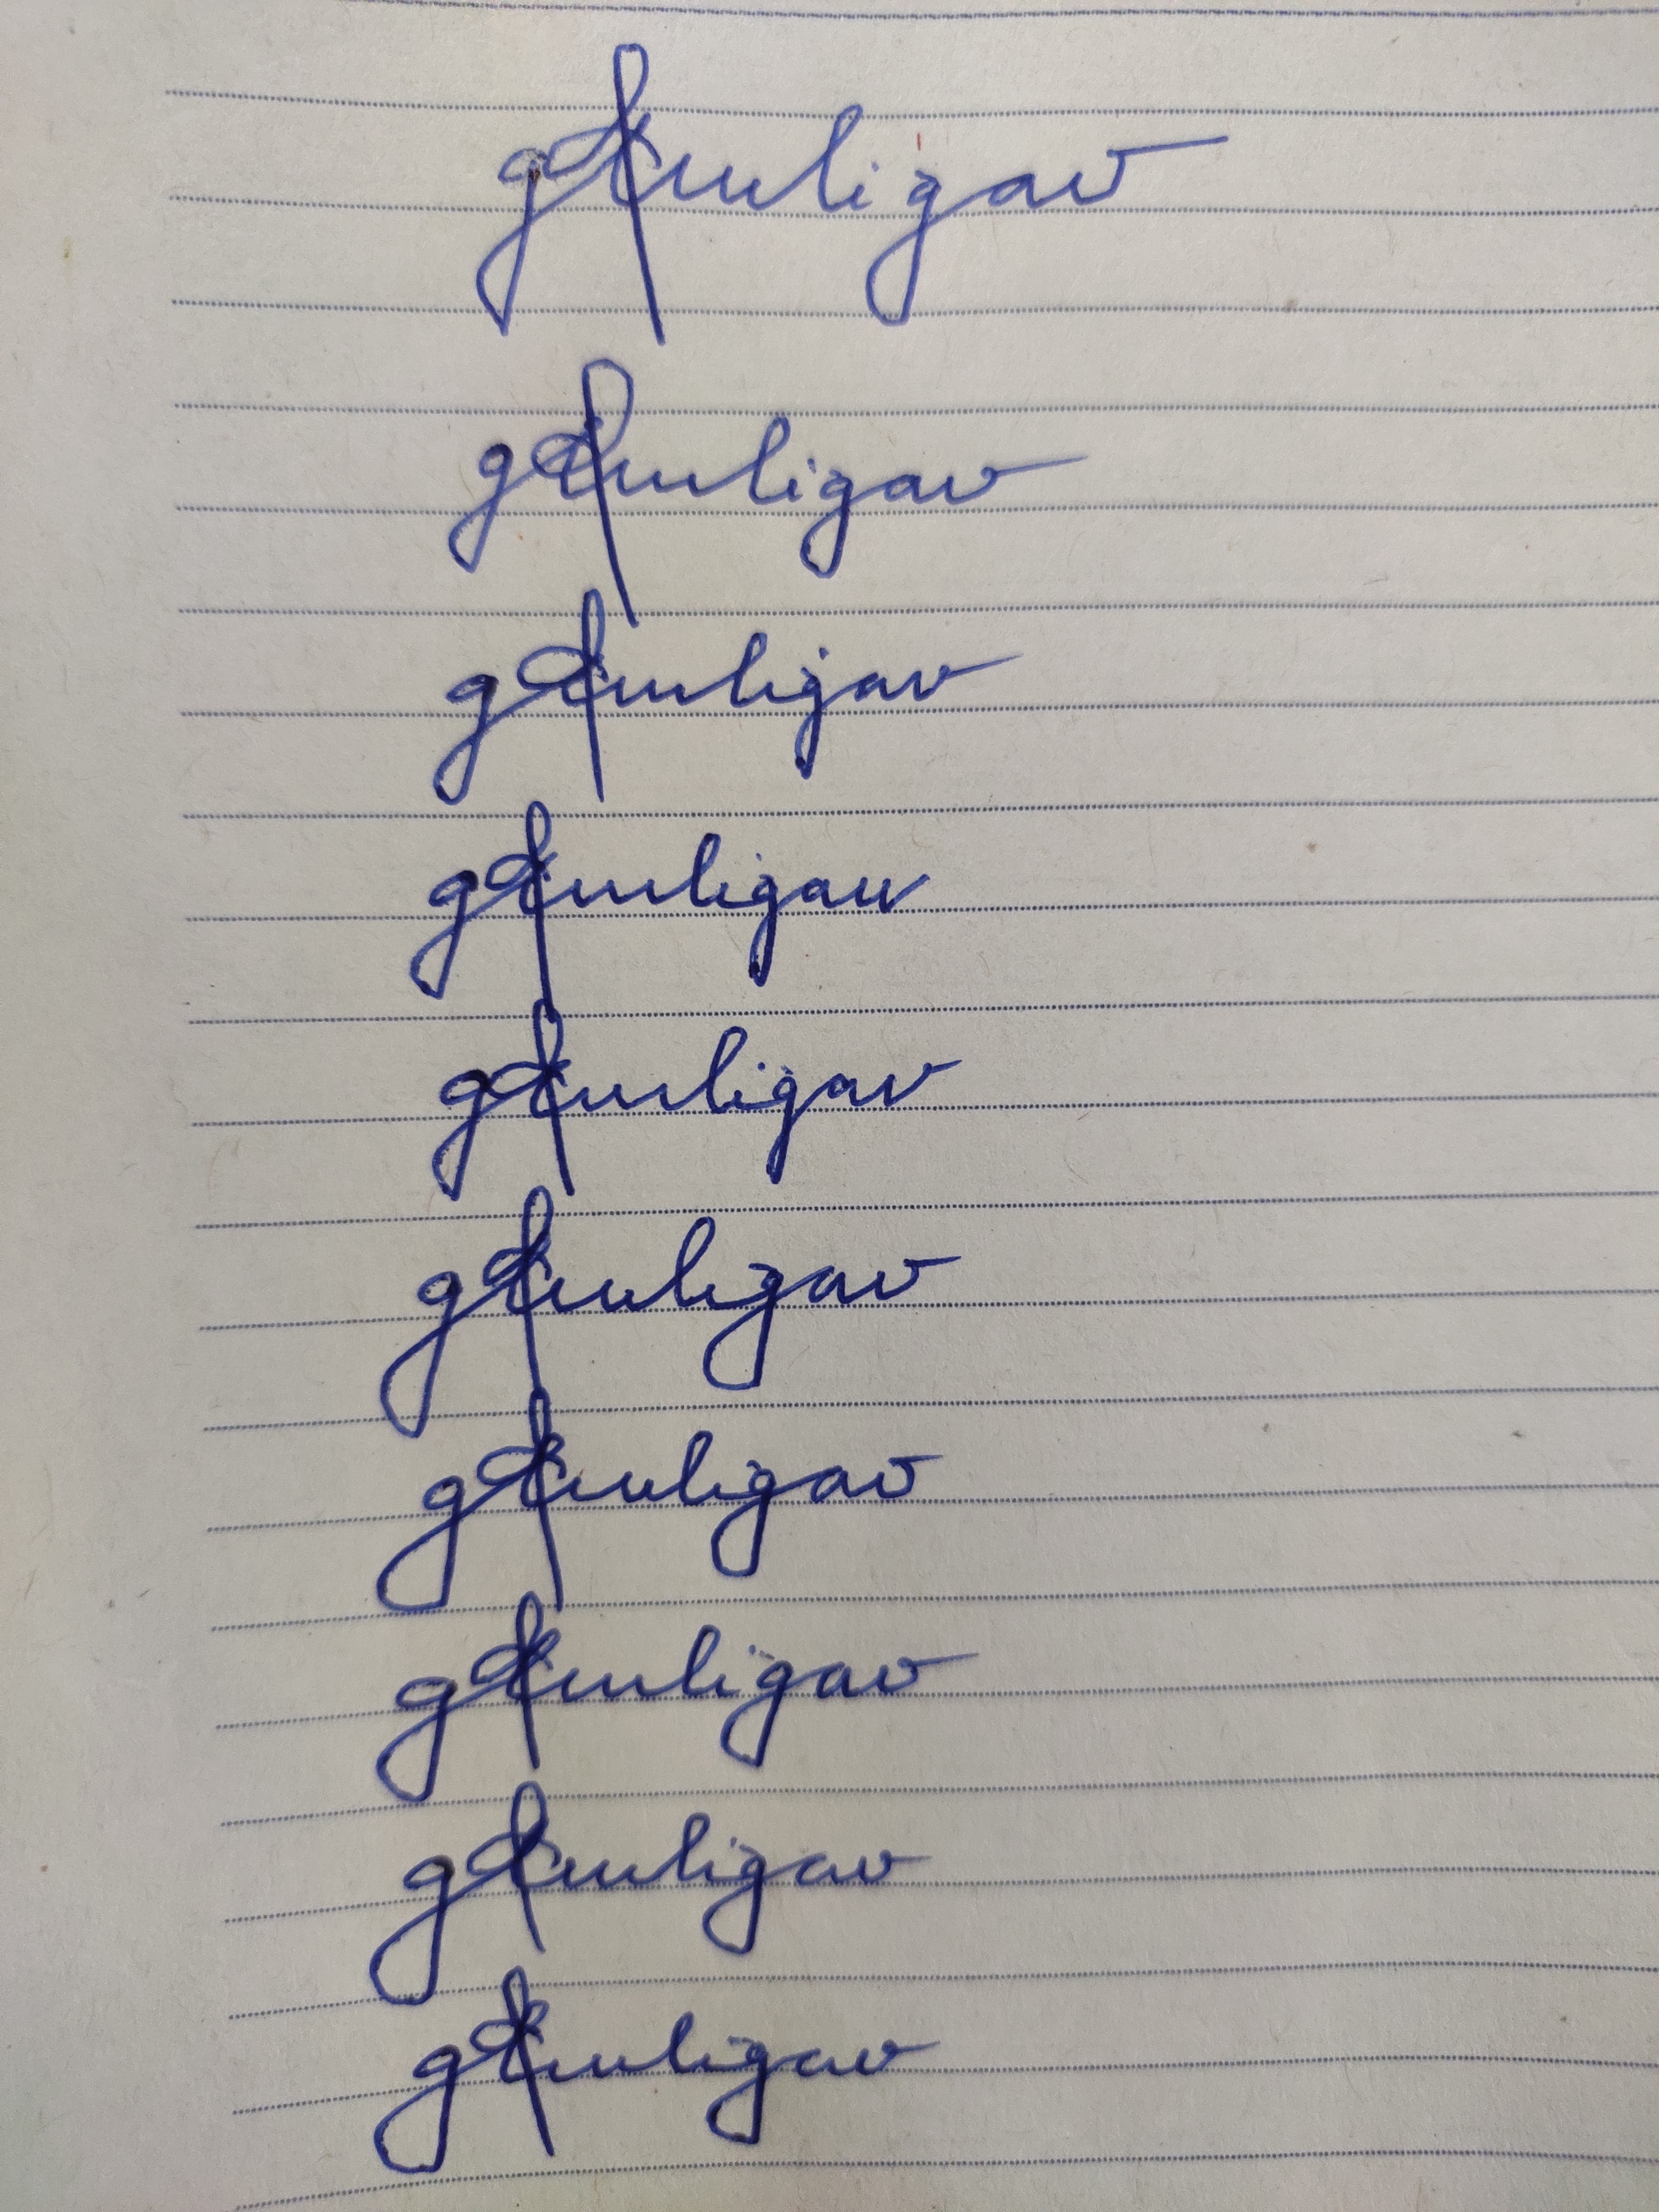
Signature authenticity: forged